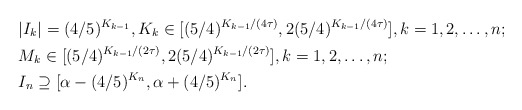
\begin{align*}&|I_k| = (4/5)^{K_{k-1}}, K_k \in [(5/4)^{K_{k-1}/(4\tau)}, 2(5/4)^{K_{k-1}/(4\tau)}], k = 1, 2, \dots, n; \\&M_k \in [(5/4)^{K_{k-1}/(2\tau)}, 2(5/4)^{K_{k-1}/(2\tau)}], k = 1, 2, \dots, n; \\&I_n \supseteq [\alpha - (4/5)^{K_n}, \alpha + (4/5)^{K_n}].\end{align*}